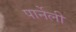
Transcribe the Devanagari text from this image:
पार्नेली